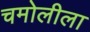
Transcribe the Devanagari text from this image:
चमोलीला